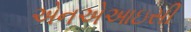
એનએઆઇસી